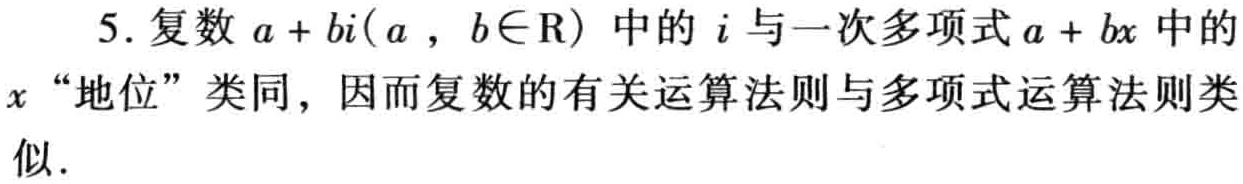
5. 复数\(a + bi(a,b\in\mathrm{R})\)中的\(i\)与一次多项式\(a + bx\)中的\(x\)“地位”类同，因而复数的有关运算法则与多项式运算法则类似.